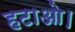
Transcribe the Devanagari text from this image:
हटाओ।